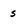
Character: s